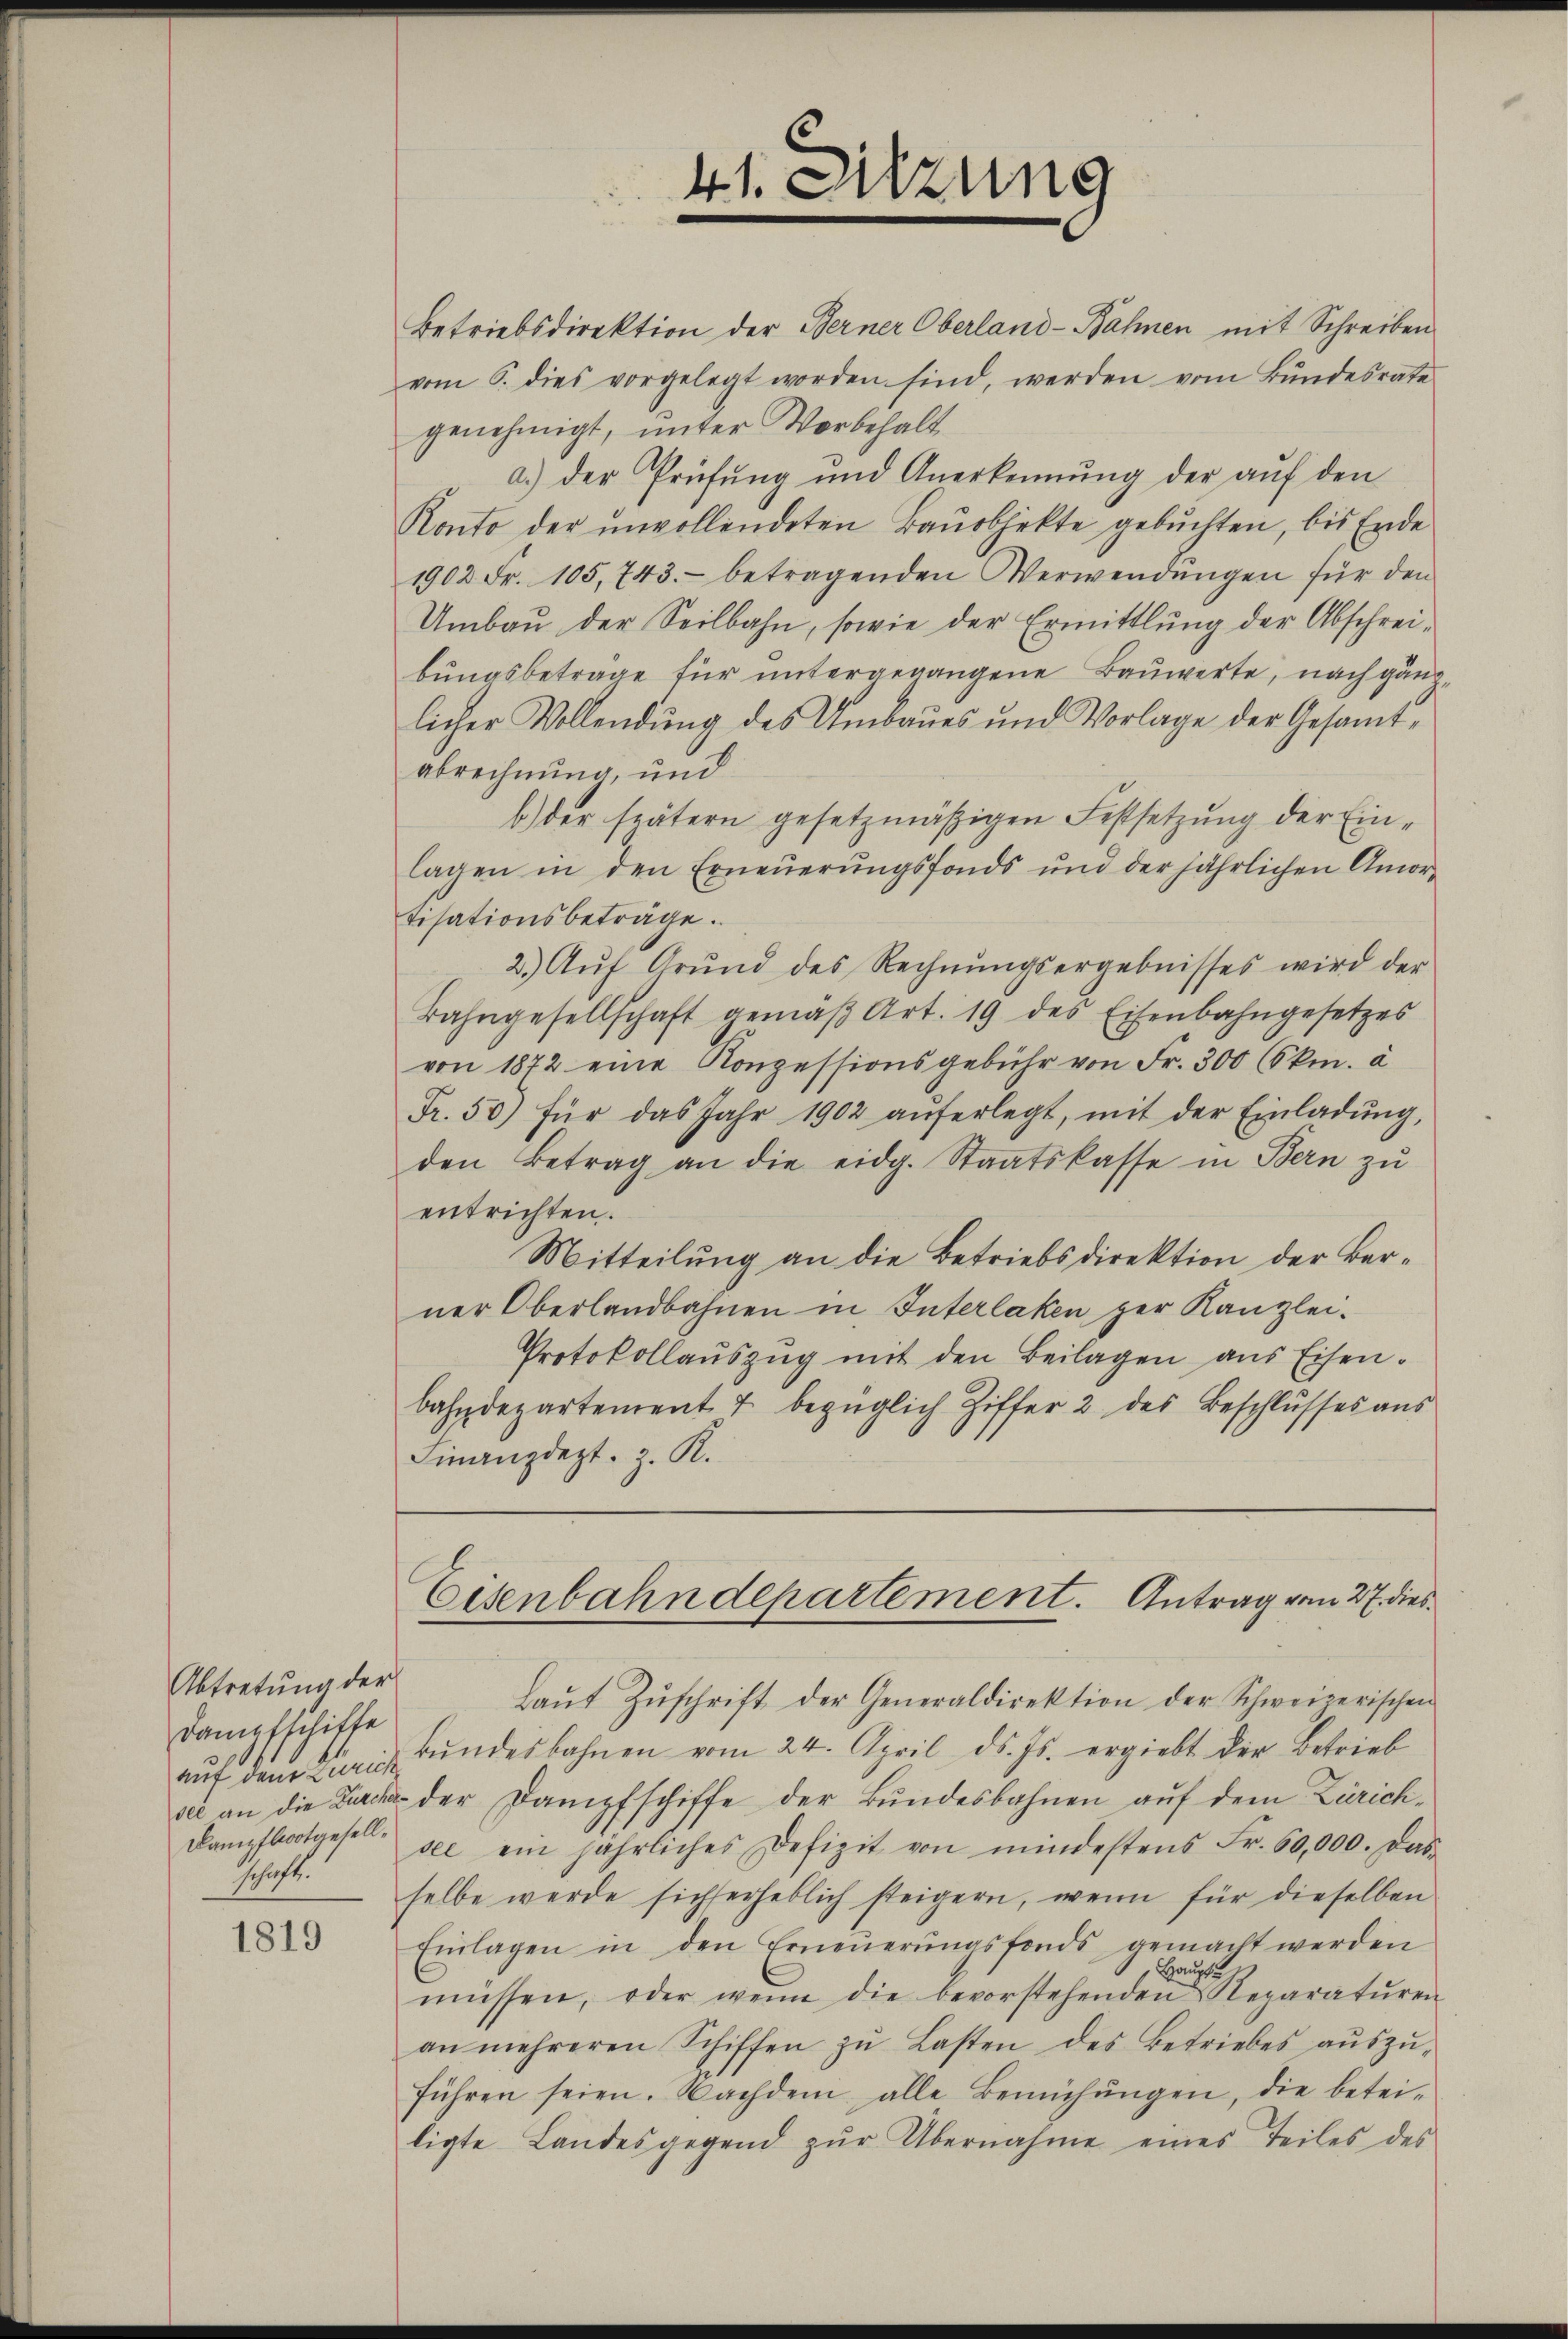
Abtretung der
Dampfschiffe
Dampfbootgesellschaft.

1819

Betriebsdirektion der Berner Oberland-Bahnen mit Schreiben
vom 6. dies vorgelegt worden sind, werden vom Bŭndesrate
genehmigt, unter Vorbehalt
a.) der Prüfŭng und Anerkennung der aŭf den
Konto der unvollendeten Bauobjekte gebuchten, bis Ende
1902 Fr. 105, 743.- betragenden Verwendŭngen für den
Umbau der Seilbahn, sowie der Ermittlung der Abschreibungsbetrage für untergegangene Bauwerte, nach gänlicher Vollendung des Umbaues und Vorlage der Gesamtabrechnung, und
b.) der spätern gesetzmäßigen Festsetzung der Einlagen in den Erneŭerŭngsfonds und der jährlichen Amor-
tisationsbeträge.
2. Aŭf Grŭnd des Rechnŭngsergebnisses wird der
Bahngesellschaft gemäβ Art. 19 des Eisenbahngesetzes
von 1872 eine Konzessionsgebühr von Fr. 300 (Okm. à
Fr. 50) für das Jahr 1902 aŭferlegt, mit der Einladŭng,
den Betrag an die eidg. Staatskasse in Bern zu
entrichten.
Mitteilung an die Betriebsdirektion der Berner Oberlandbahnen in Interlaken ger Kanzlei-
Protokollaŭszŭg mit den Beilagen aus Eisen.
bahndepartement 7 bezüglich Ziffer 2 des Beschlusses aus
Finanzdept. z. R.

41. Sitzung

Laŭt Zŭschrift der Generaldirektion der Schweizerischen
aŭf den Paris Bŭndesbahnen vom 24. April ds. Js. ergiebt der Betrieb
see an die Durch der Dampfschiffe der Bundesbahnen auf dem Zürichsee ein jährliches Defizit von mindestens Fr. 60,000. Das
selbe werde sicherheblich steigern, wenn für dieselben
Einlagen in den Erneŭerŭngsfonds gemacht werden
Haupt
müssen, oder wenn die bevorstehenden Reparatŭren
an mehreren Schiffen zŭ Lasten des Betriebes aŭszŭ-
führen seien. Nachdem alle Bemühŭngen, die betei-
ligte Landesgegend zŭr Übernahme eines Teiles des

Eisenbahndepartement. Antrag vom 27. dies